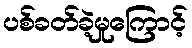
ပစ်ခတ်ခဲ့မှုကြောင့်